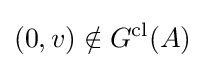
(0,v)\notin G^{\text{cl}}(A)